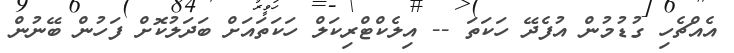
އެއްޗެހި ގުޑުމުން އުފެދޭ ހަކަތަ -- އިލެކްޓްރިކަލް ހަކަތައަށް ބަދަލުކޮށް ފަހުން ބޭނުން